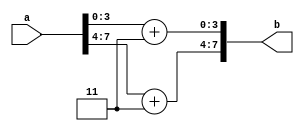
module bcd_ex3(a,b);
    input [7:0]a;
    output [7:0]b;
    assign b = {a[7:4] + 4'b0011,a[3:0] + 4'b0011};
endmodule

module tb();
    reg [7:0]a1;
    wire [7:0]b1;
    bcd_ex3 g(.a(a1),.b(b1));
    initial begin
    $monitor($time, " a = %b %b b = %b %b ", a1[7:4],a1[3:0],b1[7:4],b1[3:0]);
    #5 a1 = 8'b01010000; #5 a1 = 8'b00101001; #5 a1 = 8'b01010010; #5 a1 = 8'b00110011; #5 a1 = 8'b01110100; #5 a1 = 4'b0101;
    end
endmodule